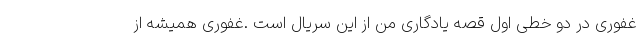
غفوری در دو خطی اول قصه یادگاری من از این سریال است .غفوری همیشه از